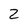
Character: 2